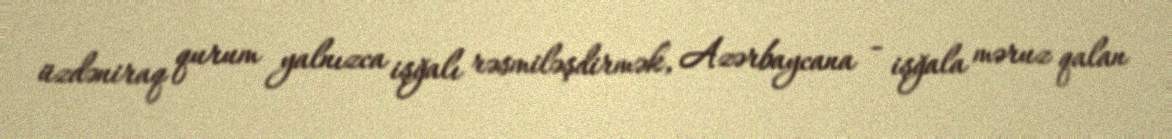
üzdəniraq qurum yalnızca işğalı rəsmiləşdirmək, Azərbaycana - işğala məruz qalan